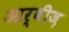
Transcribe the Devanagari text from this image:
आर्बीज़